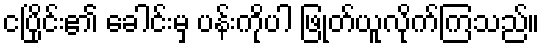
ငပြိုင်း၏ ခေါင်းမှ ပန်းကိုပါ ဖြုတ်ယူလိုက်ကြသည်။